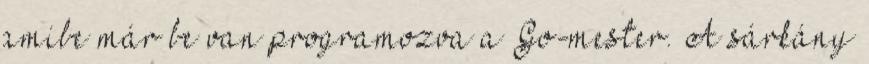
amibe már be van programozva a Go-mester. A sárkány